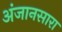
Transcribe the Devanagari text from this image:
अंजानसारा